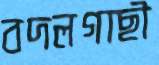
বদলগাছী